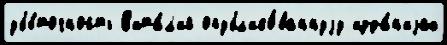
убы́точность В'ита́л'ий опубл'ико́ваннуjу изда́н'иjах